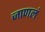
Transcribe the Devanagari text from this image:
जाणलं